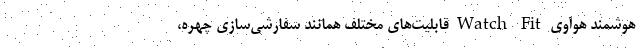
هوشمند هوآوی Watch Fit قابلیت‌های مختلف همانند سفارشی‌سازی چهره،